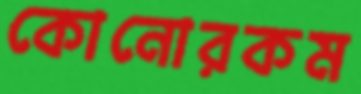
কোনোরকম